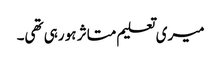
میری تعلیم متاثر ہو رہی تھی۔